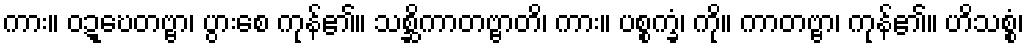
ကား။ ဝဍ္ဎေတဗ္ဗာ၊ ပွားစေ ကုန်၏။ သစ္ဆိကာတဗ္ဗာတိ၊ ကား။ ပစ္စက္ခံ၊ ကို။ ကာတဗ္ဗာ၊ ကုန်၏။ ဟိသစ္စံ၊